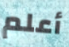
أعلم